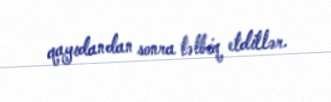
qayıdandan sonra tətbiq etdillər.